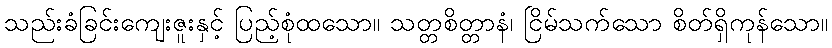
သည်းခံခြင်းကျေးဇူးနှင့် ပြည့်စုံထသော။ သတ္တစိတ္တာနံ၊ ငြိမ်သက်သော စိတ်ရှိကုန်သော။